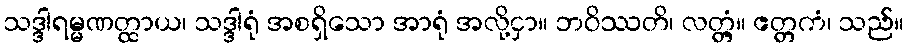
သဒ္ဒါရမ္မဏတ္ထာယ၊ သဒ္ဒါရုံ အစရှိသော အာရုံ အလို့ငှာ။ ဘဝိဿတိ၊ လတ္တံ့။ ဧတ္တကံ၊ သည်။